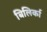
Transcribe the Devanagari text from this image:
बिलिर्का